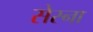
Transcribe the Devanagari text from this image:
सेस्ना